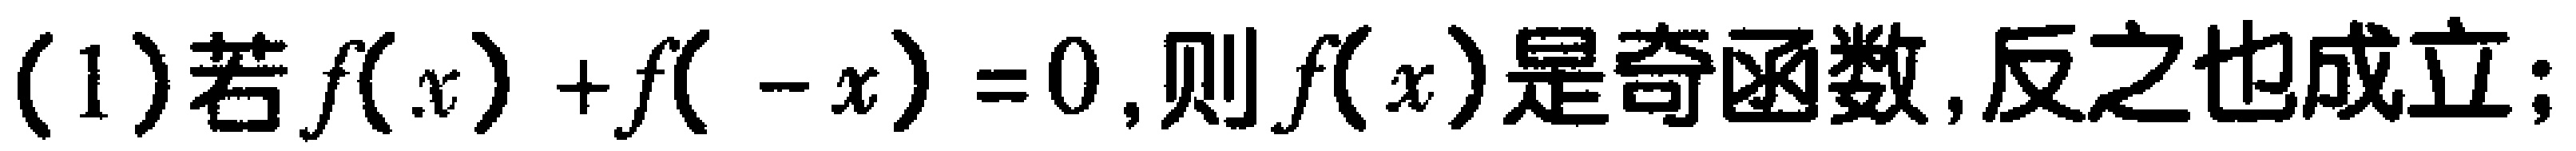
(1)若\(f(x)+f(-x)=0\),则\(f(x)\)是奇函数,反之也成立;